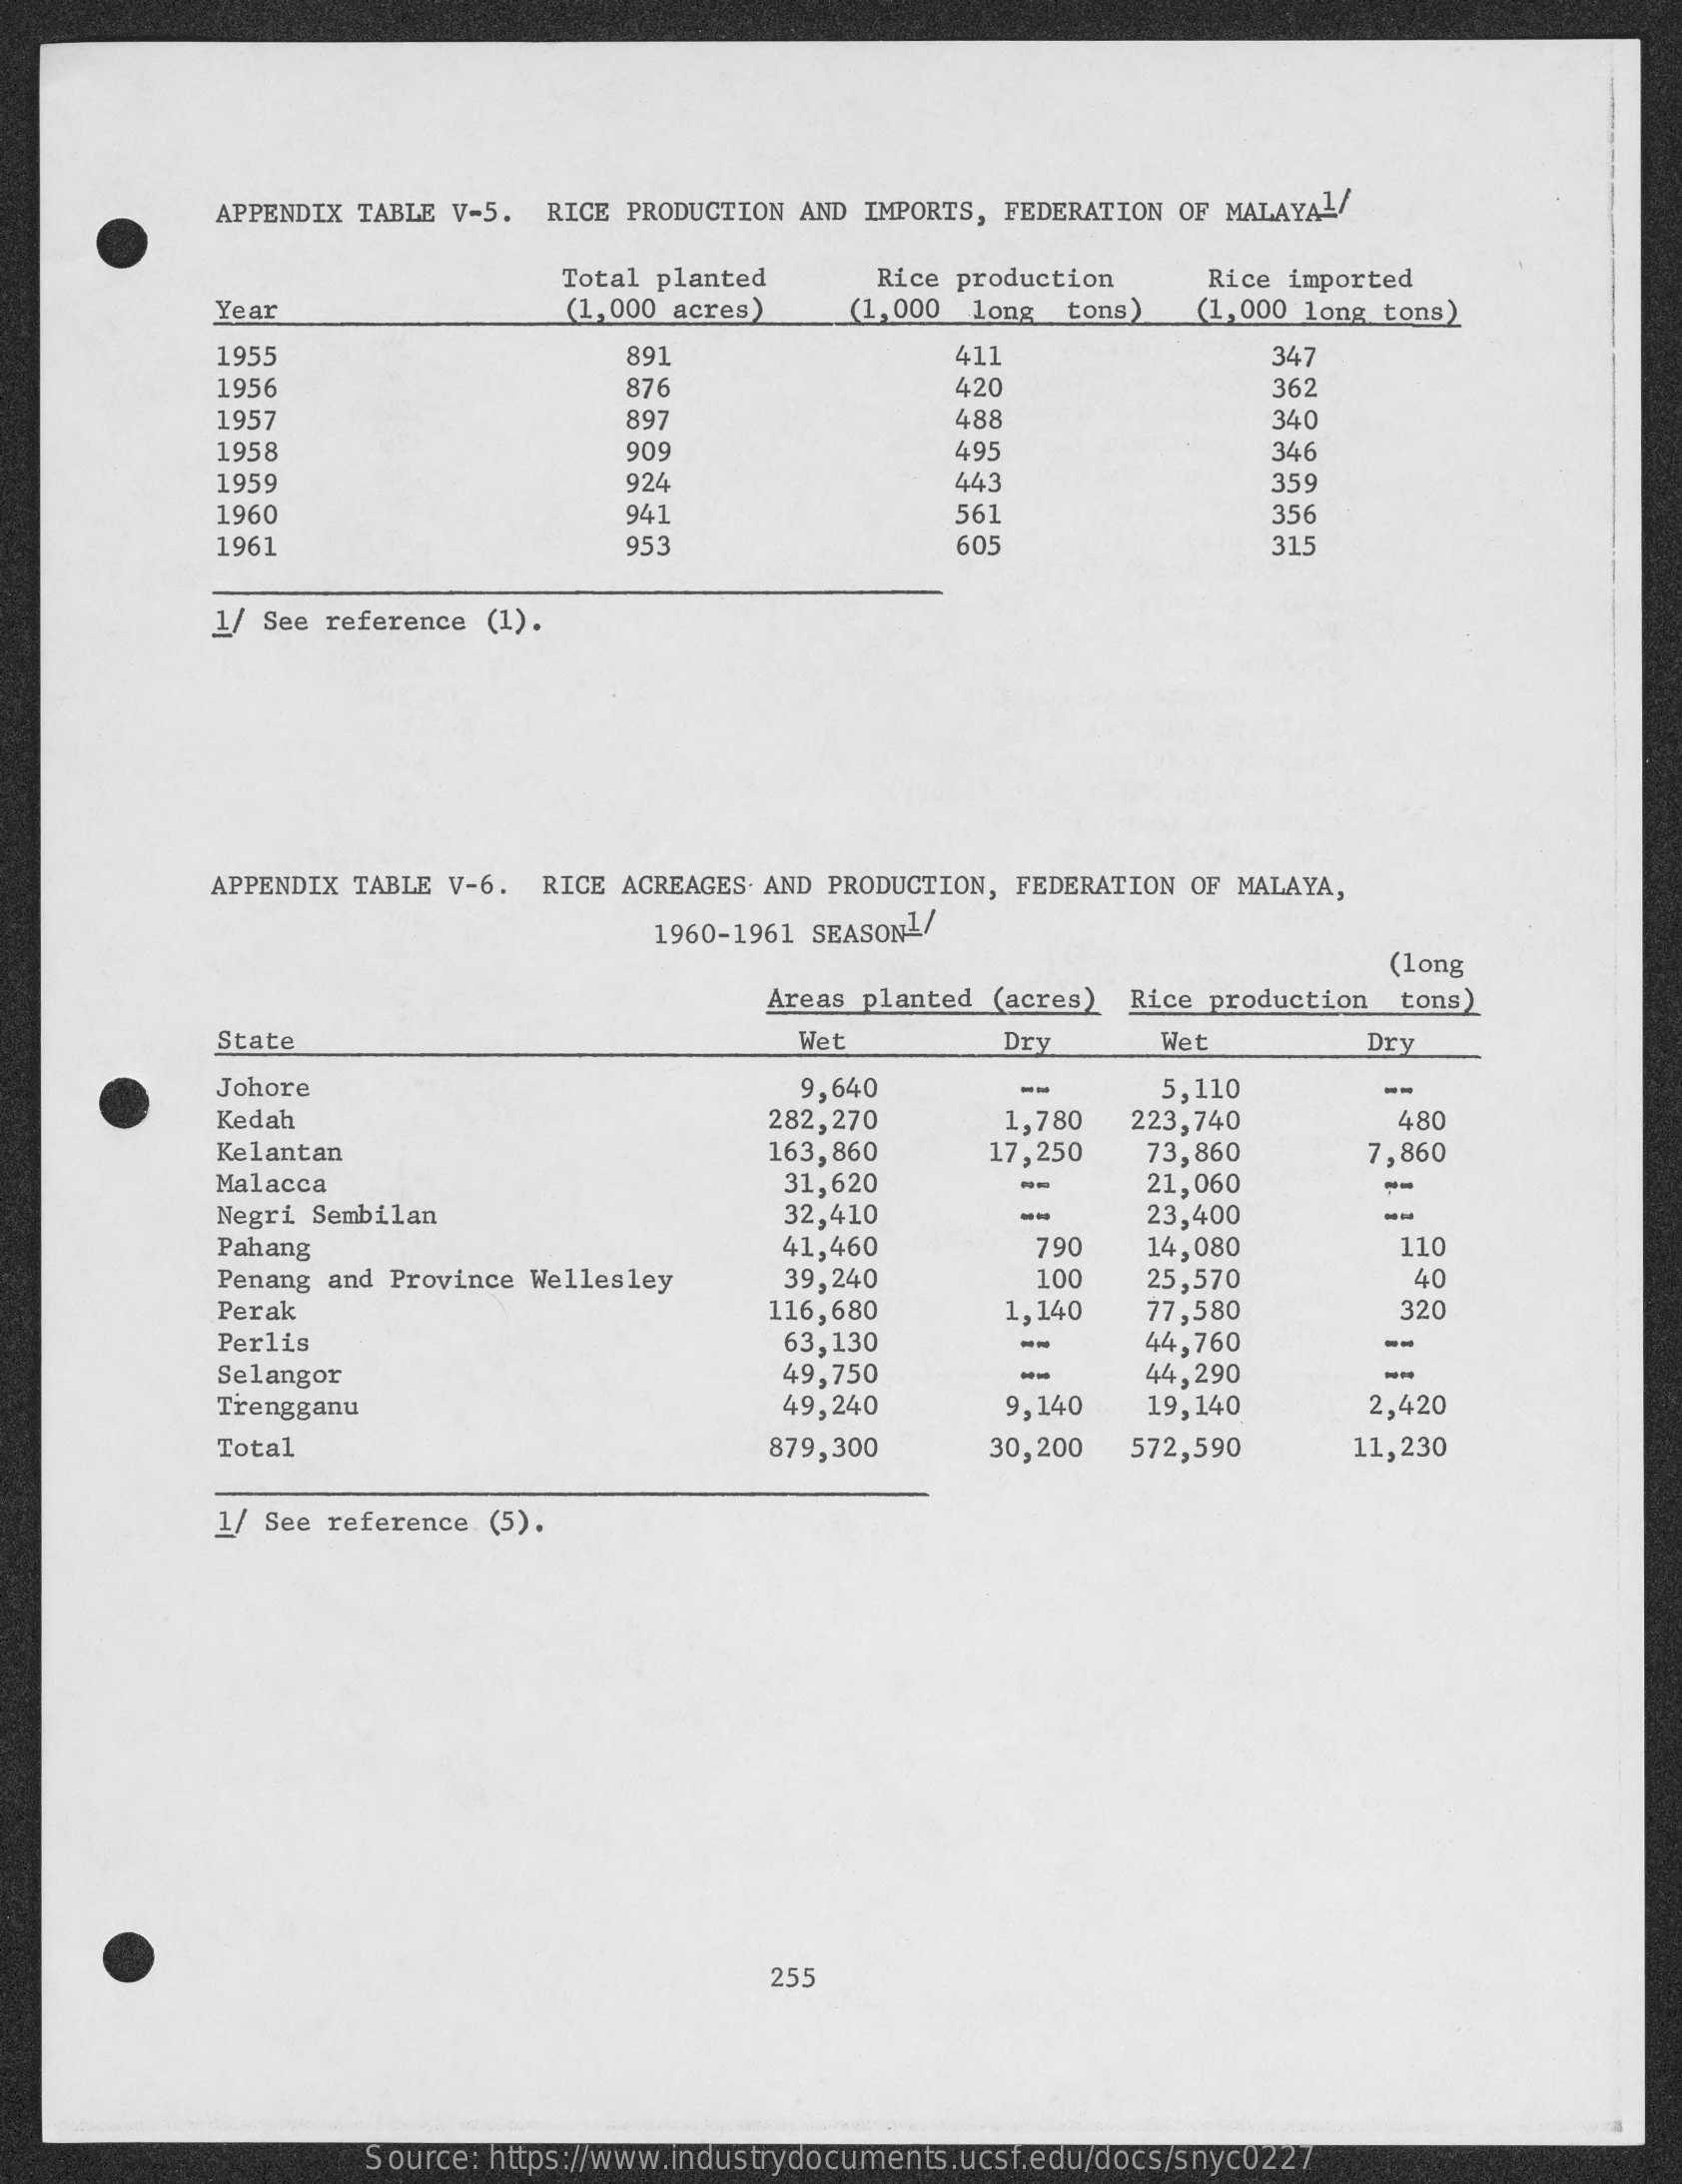
APPENDIX TABLE V-5. RICE PRODUCTION AND IMPORTS, FEDERATION OF MALAYAL/
     Total planted
     Year    (1,000 acres)
     Rice production   Rice imported
     (1,000 long tons)   (1,000 long tons)
     1955    891    411    347
     1956    876    420    362
     1957    897    488    340
     1958    909    495    346
     1959    924    443    359
     1960    941    561    356
     1961    953    605    315
     1/ See reference (1).
     APPENDIX TABLE V-6. RICE ACREAGES. AND PRODUCTION, FEDERATION OF MALAYA,
     1960-1961 SEASON1/
     (long
     Areas planted (acres) Rice production tons)
     State    Wet    Dry    Wet    Dry
     Johore    9,640    --    5,110    --
     Kedah    282,270    223,740    480
     Kelantan    163,860
     1,780
     17,250   73,860    7,860
     Malacca    31,620    --    21,060
     Negri Sembilan    32,410    -    23,400
     Pahang    41,460    790   14,080    110
     Penang and Province Wellesley   39,240    100   25,570    40
     Perak    116,680    1,140   77,580    320
     Perlis    63,130    -    44,760    --
     Selangor    49,750    -    44,290    -
     Trengganu    49,240    9,140   19,140    2,420
     Total    879,300    30,200  572,590    11,230
     1/ See reference (5).
     255
     Source: https://www.industrydocuments.ucsf.edu/docs/snyc0227